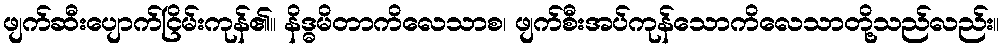
ဖျက်ဆီးပျောက်ငြိမ်းကုန်၏။ နိဒ္ဓမိတာကိလေသာစ၊ ဖျက်စီးအပ်ကုန်သောကိလေသာတို့သည်လည်း။